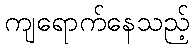
ကျရောက်နေသည့်